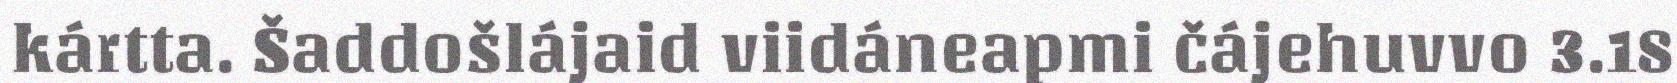
kártta. Šaddošlájaid viidáneapmi čájehuvvo 3.18